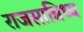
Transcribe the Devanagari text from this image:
राजसान्निध्य